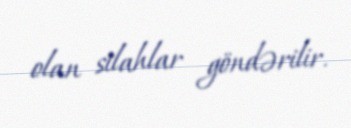
olan silahlar göndərilir.